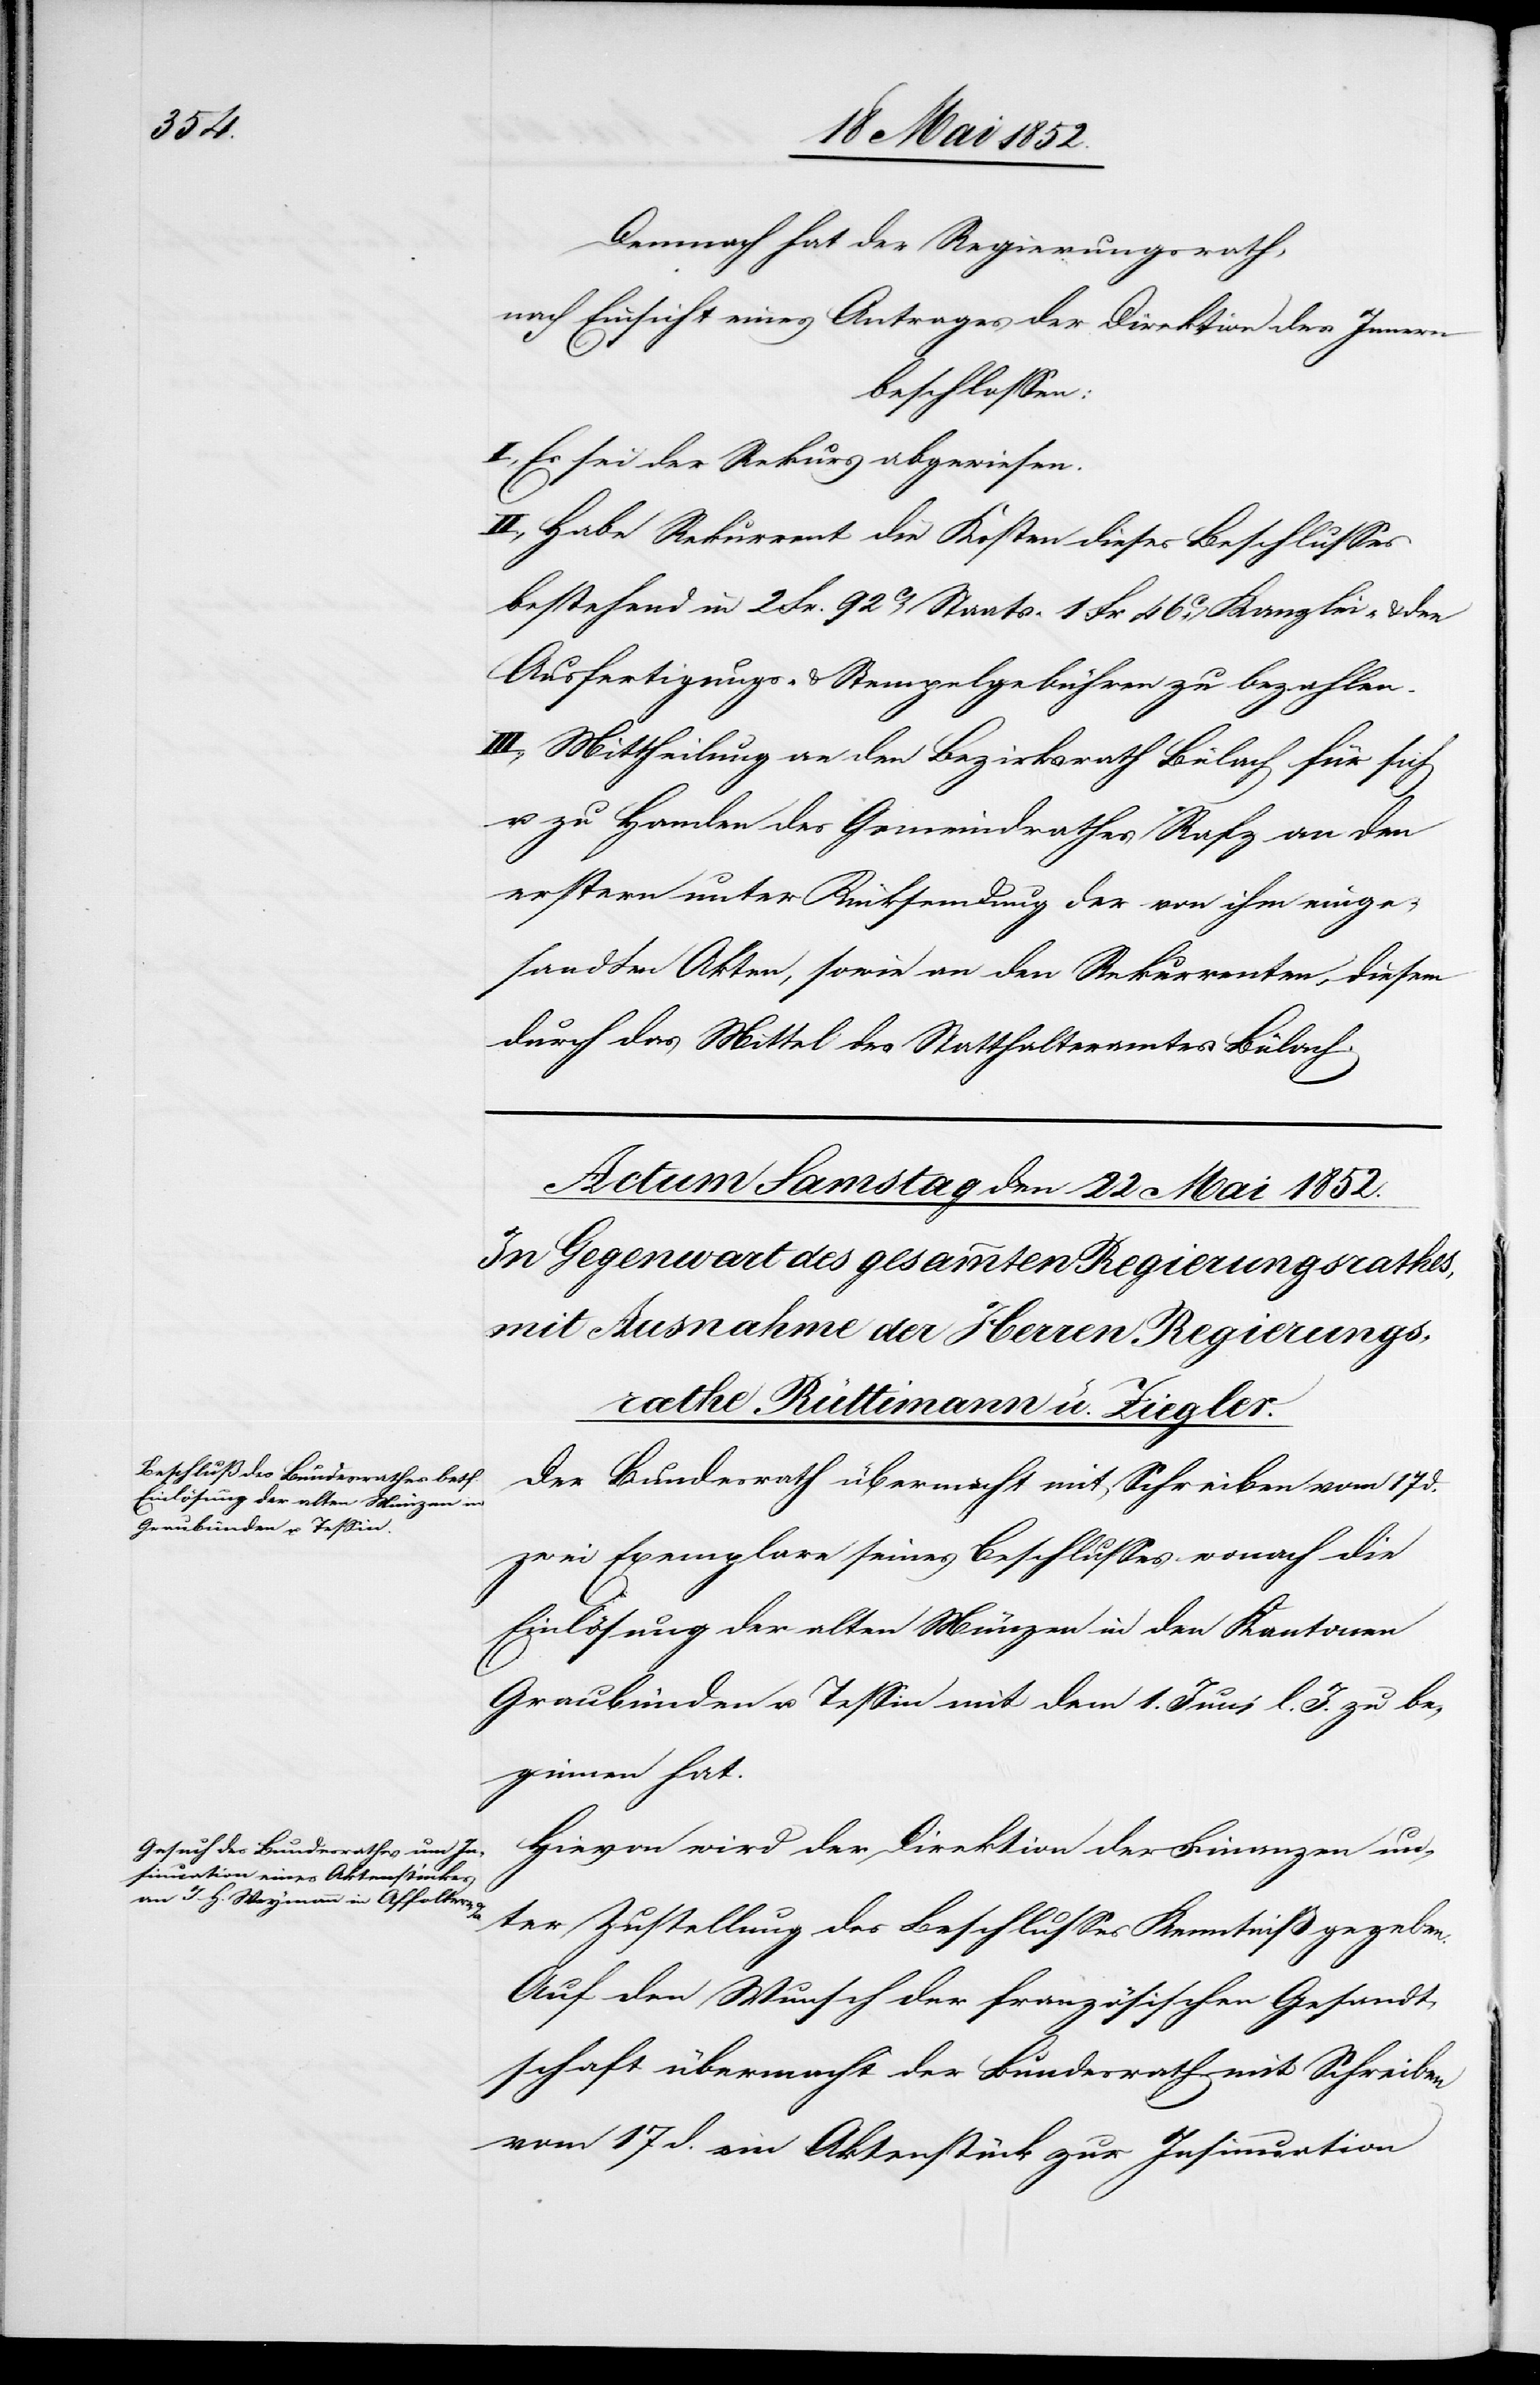
Demnach hat der Regierungsrath,
nach Einsicht eines Antrages der Direktion des Innern
beschlossen:
I., Es sei der Rekurs abgewiesen.
II., Habe Rekurrent die Kosten dieses Beschlusses
bestehend in 2 Fr. 92ct Staats-[,] 1 Fr 46C. Kanzlei- & den
Ausfertigungs- & Stempelgebühren zu bezahlen.
III., Mittheilung an den Bezirksrath Bülach für sich
u. zu Handen des Gemeindrathes Rafz an den
erstern unter Rücksendung der von ihm einge¬
sandten Akten, sowie an den Rekurrenten, diesem
durch das Mittel des Statthalteramtes Bülach.
Der Bundesrath übermacht mit Schreiben vom 17 d.
zwei Exemplare seines Beschlusses wonach die
Einlösung der alten Münzen in den Kantonen
Graubünden u. Tessin mit dem 1. Juni l. J. zu be¬
ginnen hat.
Hievon wird der Direktion der Finanzen un¬
ter Zustellung des Beschlusses Kenntniß gegeben.
Auf den Wunsch der französischen Gesandt¬
schaft übermacht der Bundesrath mit Schreiben
vom 17 d. ein Aktenstück zur Insinuation